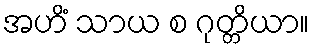
အဟိံ သာယ စ ဂုတ္တိယာ။